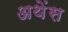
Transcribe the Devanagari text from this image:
अथेंस